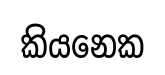
කියනෙක